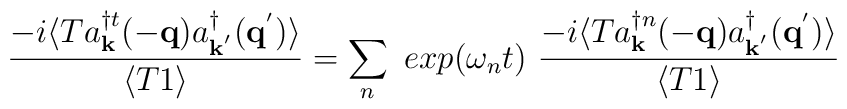
\frac{ -i\langle T a^{\dagger t}_{ {\bf{k}} }(-{\bf{q}})a^{\dagger}_{ {\bf{k}}^{'} }({\bf{q}}^{'}) \rangle }{\langle T 1 \rangle} = \sum_{n}\mbox{ }exp(\omega_{n}t)\mbox{ }\frac{ -i\langle T a^{\dagger n}_{ {\bf{k}} }(-{\bf{q}})a^{\dagger}_{ {\bf{k}}^{'} }({\bf{q}}^{'}) \rangle }{\langle T 1 \rangle}